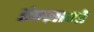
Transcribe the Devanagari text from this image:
इंतज़ामों